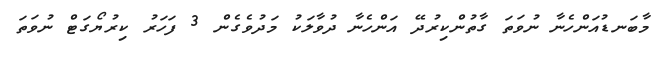
މާބަނޑުއަންހެނާ ނުވަތަ ގާތުންކިރުދޭ އަންހެނާ ދުވާލަކު މަދުވެގެންް 3 ފަހަރު ކިރުޔޯގަޓް ނުވަތަ